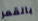
بالقمر